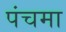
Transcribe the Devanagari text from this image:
पंचमा